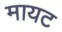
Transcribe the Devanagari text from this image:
मायट